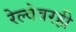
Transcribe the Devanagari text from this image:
रेल्वेवरही